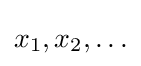
x_{1},x_{2},\ldots